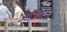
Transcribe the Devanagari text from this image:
आउषध